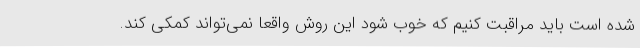
شده است باید مراقبت کنیم که خوب شود این روش واقعا نمی‌تواند کمکی کند.